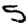
Digit: 5